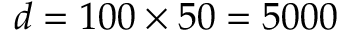
d = 1 0 0 \times 5 0 = 5 0 0 0